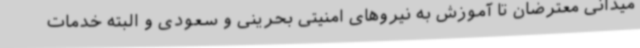
میدانی معترضان تا آموزش به نیروهای امنیتی بحرینی و سعودی و البته خدمات